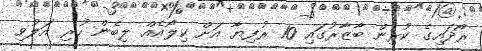
ރޯދައިގެ ކުރިން ބާޒާރުގައި 10 ރުފިޔާ އަށް ކިލޯއެއް ލިބެން ހުރި އަލުވި